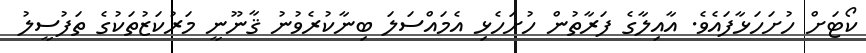
ކޯޓަށް ހުށަހަޅާފައެވެ. އާއިލާގެ ފަރާތުން ހުށަހެޅި އެމައްސަލަ ބިނާކުރެވުނު ޤާނޫނީ މަރުކަޒުތަކުގެ ތަފުސީލު